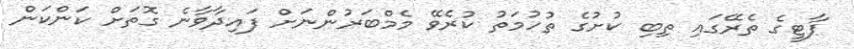
ޕާޓީގެ ތެރޭގައި ތިބި ކުށުގެ ތުހުމަތު ކުރެވޭ މެމްބަރުންނަށް ފައިދާވާނެ ގޮތަށް ކަންކަން